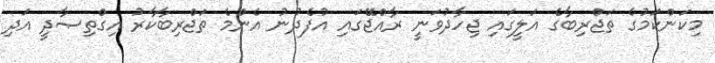
މިކަންކަމުގެ ތަޖްރިބާގެ އަލީގައި ޖިހާދުވަނީ ރާއްޖޭގައި އުފެދުނު އެންމެ ތަޖްރިބާކާރު އިގްތިޞާދީ އަދި